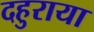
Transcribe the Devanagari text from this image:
दहुराया